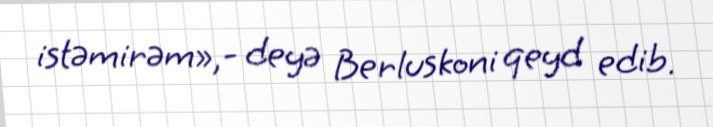
istəmirəm»,- deyə Berluskoni qeyd edib.